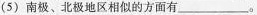
(5) 南极、北极地区相似的方面有___。